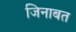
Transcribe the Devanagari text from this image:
जिनाबत